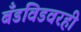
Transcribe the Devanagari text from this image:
बँडविडवरही